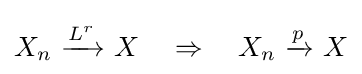
X_{n}\ {\xrightarrow {\overset {}{L^{r}}}}\ X\quad \Rightarrow \quad X_{n}\ {\xrightarrow {\overset {}{p}}}\ X